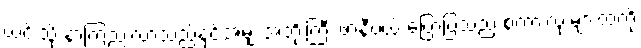
ယင်းသို့ နာကြည်းလာသည်နှင့်အမျှ အဘိုးကြီး ဖာနီဗယ် ပြောပြသည့် စကားလုံးများထဲကို